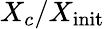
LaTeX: X_{c}/X_{\mathrm{init}}